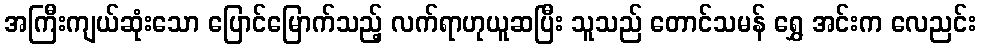
အကြီးကျယ်ဆုံးသော ပြောင်မြောက်သည့် လက်ရာဟုယူဆပြီး သူသည် တောင်သမန် ရွှေ အင်းက လေညင်း